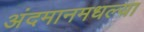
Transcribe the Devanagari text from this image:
अंदमानमधल्या